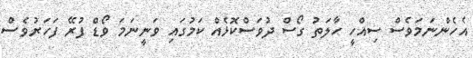
އެހެންނަމަވެސް ސިއްހީ ހާލަތު ގޯސް ދުވަސްކޮޅެއް ކަމުގައި ވަނީނަމަ ވޯޑް ފުރޭ ފަހަރުވެސް